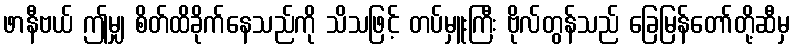
ဖာနီဗယ် ဤမျှ စိတ်ထိခိုက်နေသည်ကို သိသဖြင့် တပ်မှူးကြီး ဗိုလ်တွန်သည် ခြေမြန်တော်တို့ဆီမှ